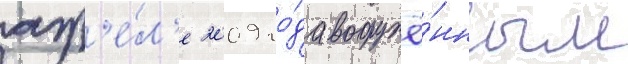
апр'е́л'е 2009 го́да вооружё́нным